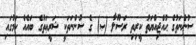
ސުންނަތުގެ ޙުއްޖިއްޔަތު ކީރިތި ރަސޫލާ (ޞ) ގެ ސުންނަތަކީ ޝަރީޢަތުގެ ބައެއް ކަމުގައި